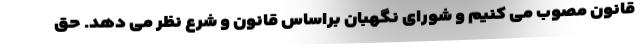
قانون مصوب می کنیم و شورای نگهبان براساس قانون و شرع نظر می دهد. حق